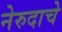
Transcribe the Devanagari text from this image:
नेरुदाचे